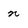
Character: n